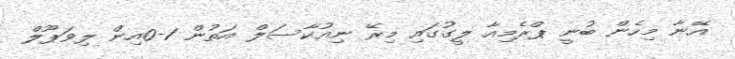
އޭނާ މިހެން ބުނީ ޕްރެމިއާ ލީގުގައި މިރޭ ނިއުކާސަލް އަތުން 1-0އިން ލިވަޕޫލް